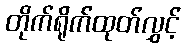
တိုက်ရိုက်ထုတ်လွှင့်